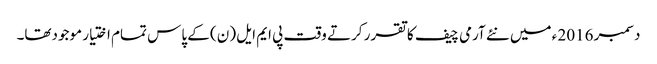
دسمبر 2016 ء میں نئے آرمی چیف کا تقرر کرتے وقت پی ایم ایل (ن) کے پاس تمام اختیار موجودتھا۔